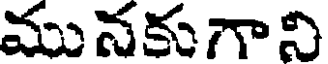
మునకుగా ని